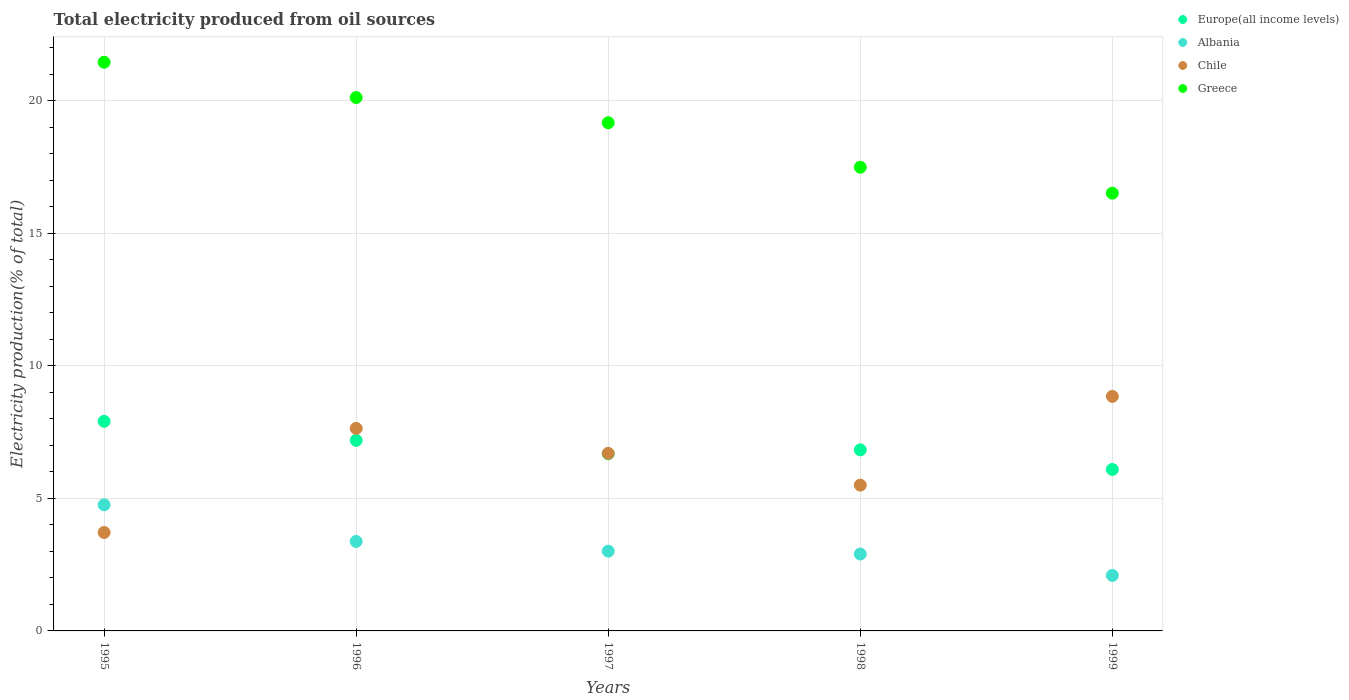
| Years | Europe(all income levels) | Albania | Chile | Greece |
 | --- | --- | --- | --- | --- |
 | 1995 | 7.91 | 4.76 | 3.71 | 21.5 |
 | 1996 | 7.19 | 3.37 | 7.64 | 20.1 |
 | 1997 | 6.68 | 3.01 | 6.7 | 19.2 |
 | 1998 | 6.83 | 2.9 | 5.5 | 17.5 |
 | 1999 | 6.09 | 2.09 | 8.85 | 16.5 |